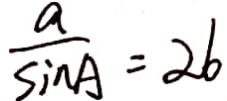
\frac { a } { \sin A } = 2 6